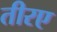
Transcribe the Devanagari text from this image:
तीरए